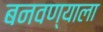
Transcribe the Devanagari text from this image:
बनवण्याला